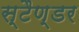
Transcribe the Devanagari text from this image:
स्टैण्डर